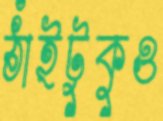
ঠাঁইটুকুও